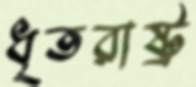
ধৃতরাষ্ট্র